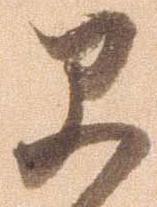
早